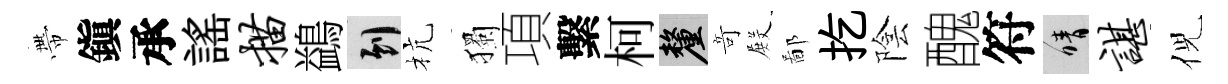
帶鎭承謡描鷁到杭獨項繫柯厘竒𭮺鄙扢陰醜符晴谌倪